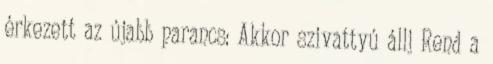
érkezett az újabb parancs: Akkor szivattyú állj Rend a